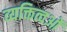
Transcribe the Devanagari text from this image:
व्यक्तित्वओं